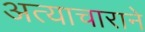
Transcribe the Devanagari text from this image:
अत्याचाराने